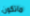
ماتكون